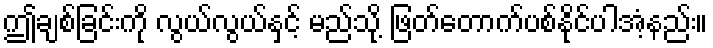
ဤချစ်ခြင်းကို လွယ်လွယ်နှင့် မည်သို့ ဖြတ်တောက်ပစ်နိုင်ပါအံ့နည်း။